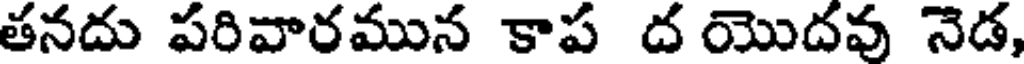
తనదు పరివారమున కాప ద యొదవు నెడ,